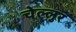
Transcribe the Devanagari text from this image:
चेल्लुर